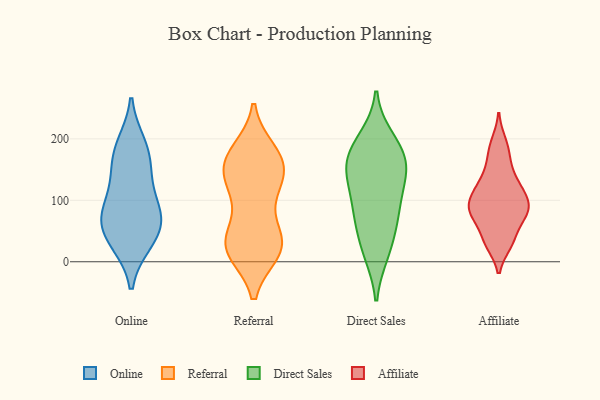
{"axis": {"x": "Headcount", "y": "Value"}, "legend": ["Affiliate", "Direct Sales", "Online", "Referral"], "data": [{"x": "", "y": 33, "type": "Online"}, {"x": "", "y": 81, "type": "Online"}, {"x": "", "y": 179, "type": "Online"}, {"x": "", "y": 34, "type": "Online"}, {"x": "", "y": 189, "type": "Online"}, {"x": "", "y": 125, "type": "Online"}, {"x": "", "y": 154, "type": "Online"}, {"x": "", "y": 60, "type": "Online"}, {"x": "", "y": 68, "type": "Online"}, {"x": "", "y": 83, "type": "Online"}, {"x": "", "y": 162, "type": "Referral"}, {"x": "", "y": 149, "type": "Referral"}, {"x": "", "y": 18, "type": "Referral"}, {"x": "", "y": 178, "type": "Referral"}, {"x": "", "y": 39, "type": "Referral"}, {"x": "", "y": 108, "type": "Referral"}, {"x": "", "y": 126, "type": "Referral"}, {"x": "", "y": 171, "type": "Referral"}, {"x": "", "y": 156, "type": "Referral"}, {"x": "", "y": 23, "type": "Referral"}, {"x": "", "y": 21, "type": "Referral"}, {"x": "", "y": 163, "type": "Referral"}, {"x": "", "y": 35, "type": "Referral"}, {"x": "", "y": 27, "type": "Referral"}, {"x": "", "y": 115, "type": "Referral"}, {"x": "", "y": 27, "type": "Referral"}, {"x": "", "y": 108, "type": "Direct Sales"}, {"x": "", "y": 20, "type": "Direct Sales"}, {"x": "", "y": 147, "type": "Direct Sales"}, {"x": "", "y": 199, "type": "Direct Sales"}, {"x": "", "y": 150, "type": "Direct Sales"}, {"x": "", "y": 177, "type": "Direct Sales"}, {"x": "", "y": 136, "type": "Direct Sales"}, {"x": "", "y": 15, "type": "Direct Sales"}, {"x": "", "y": 161, "type": "Direct Sales"}, {"x": "", "y": 187, "type": "Direct Sales"}, {"x": "", "y": 64, "type": "Direct Sales"}, {"x": "", "y": 72, "type": "Direct Sales"}, {"x": "", "y": 85, "type": "Direct Sales"}, {"x": "", "y": 123, "type": "Affiliate"}, {"x": "", "y": 75, "type": "Affiliate"}, {"x": "", "y": 177, "type": "Affiliate"}, {"x": "", "y": 117, "type": "Affiliate"}, {"x": "", "y": 85, "type": "Affiliate"}, {"x": "", "y": 104, "type": "Affiliate"}, {"x": "", "y": 35, "type": "Affiliate"}, {"x": "", "y": 194, "type": "Affiliate"}, {"x": "", "y": 131, "type": "Affiliate"}, {"x": "", "y": 86, "type": "Affiliate"}, {"x": "", "y": 72, "type": "Affiliate"}, {"x": "", "y": 30, "type": "Affiliate"}, {"x": "", "y": 81, "type": "Affiliate"}, {"x": "", "y": 96, "type": "Affiliate"}, {"x": "", "y": 154, "type": "Affiliate"}, {"x": "", "y": 34, "type": "Affiliate"}]}